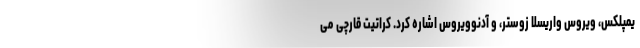
یمپلکس، ویروس واریسلا زوستر، و آدنوویروس اشاره کرد. کراتیت قارچی می